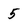
Character: 5